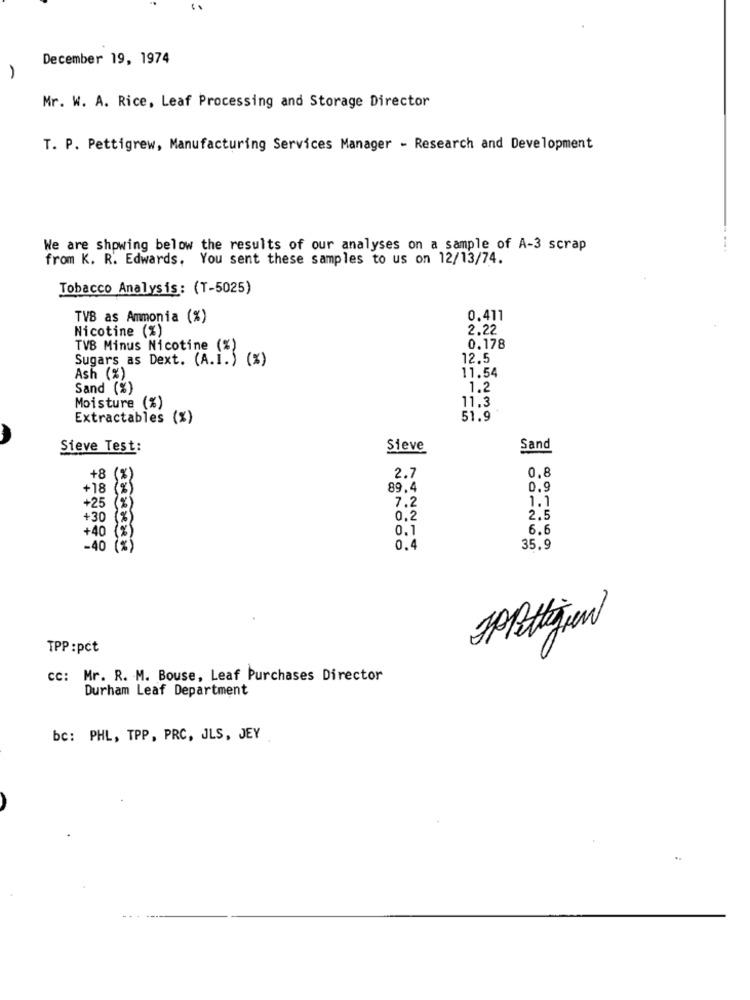
December 19, 1974
Mr. W. A. Rice, Leaf Processing and Storage Director
T. P. Pettigrew, Manufacturing Services Manager - Research and Development
We are showing below the results of our analyses on a sample of A-3 scrap
from K. R. Edwards, You sent these samples to us on 12/13/74.
Tobacco Analysis: (T-5025)
TVB as Ammonia (%)
0.411
Nicotine (%)
2.22
TVB Minus Nicotine (%)
0.178
Sugars as Dext. (A.I.) (%)
12.5
11.54
Ash (%)
Sand (%)
1,2
11,3
Moisture (%)
Extractables (%)
51.9
Sieve Test:
Sieve
Sand
+8
2.7
0.8
+18
89.4
0,9
7.2
1.1
+25
+30
0.2
2.5
0.1
6.6
+40
-40
0.4
35.9
SPRittigen
TPP :pct
cc: Mr. R. M. Bouse, Leaf Purchases Director
Durham Leaf Department
bc: PHL, TPP, PRC, JLS, JEY